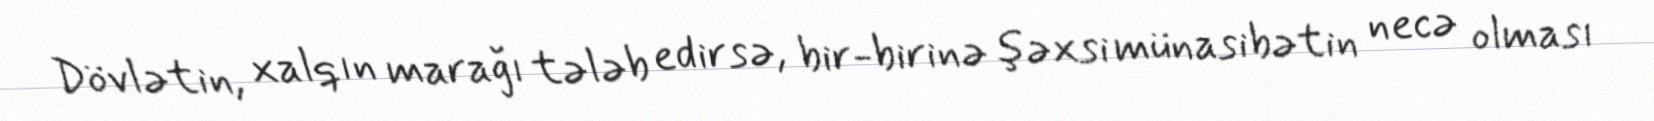
Dövlətin, xalqın marağı tələb edirsə, bir-birinə şəxsi münasibətin necə olması